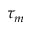
\tau _ { m }